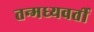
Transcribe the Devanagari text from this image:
तन्मध्यवर्ती